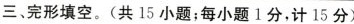
三、完形填空.(共15小题;每小题1分,计15分)